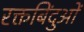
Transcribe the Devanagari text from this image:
रक्तबिंदुओं